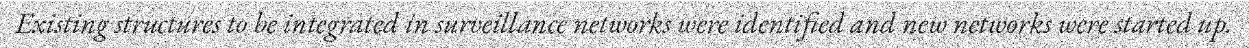
Existing structures to be integrated in surveillance networks were identified and new networks were started up.